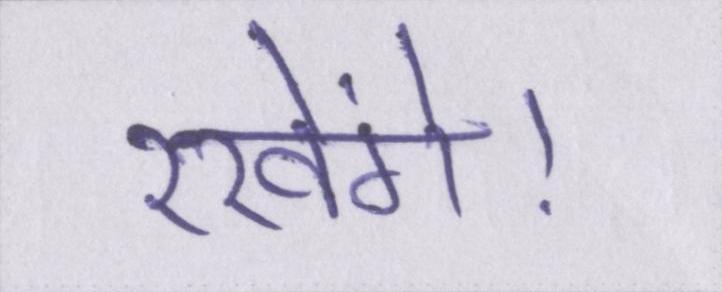
रखेंगे।